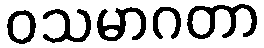
ဝသမာဂတာ